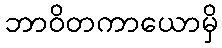
ဘာဝိတကာယောမှိ